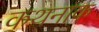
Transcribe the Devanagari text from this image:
कथनाक